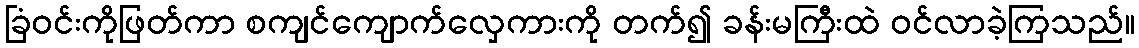
ခြံဝင်းကိုဖြတ်ကာ စကျင်ကျောက်လှေကားကို တက်၍ ခန်းမကြီးထဲ ဝင်လာခဲ့ကြသည်။